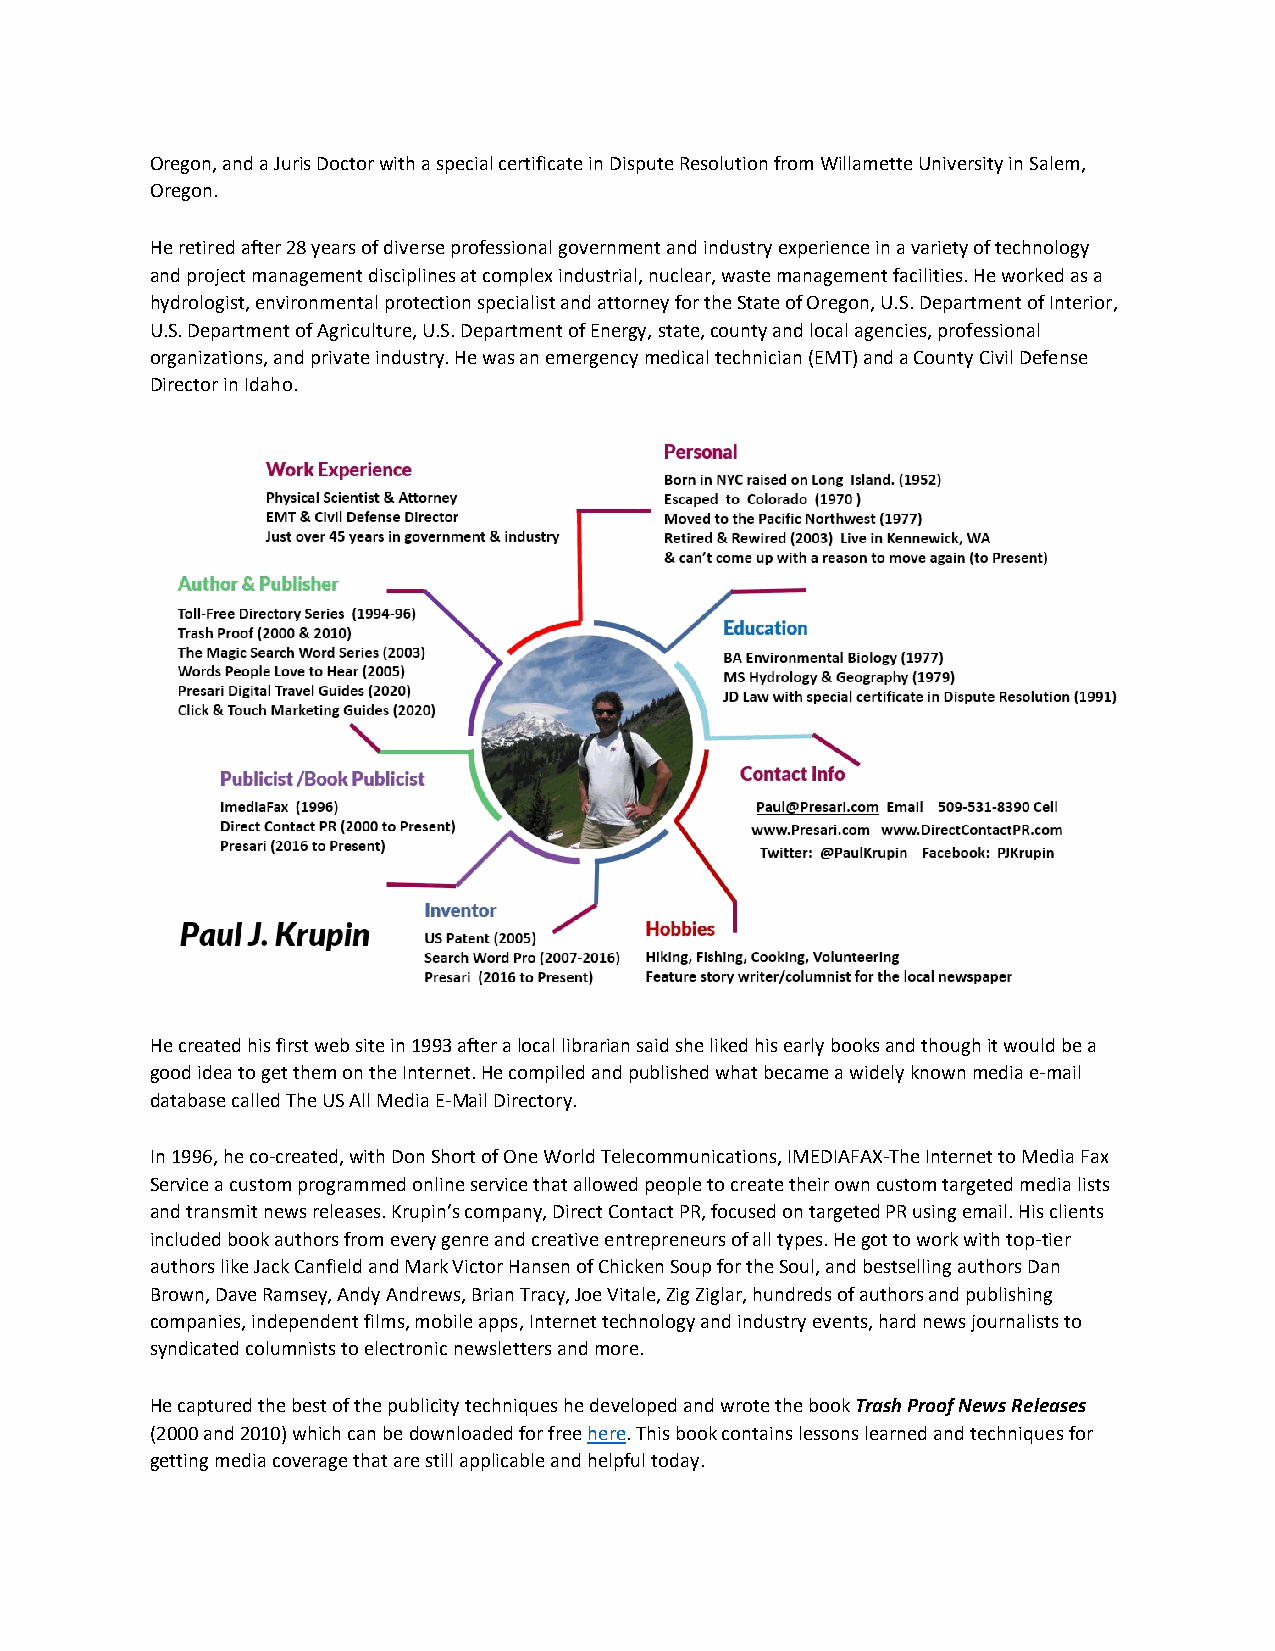
Oregon, and a Juris Doctor with a special certificate in Dispute Resolution from Willamette University in Salem,
 Oregon.
 He retired after 28 years of diverse professional government and industry experience in a variety of technology
 and project management disciplines at complex industrial, nuclear, waste management facilities. He worked as a
 hydrologist, environmental protection specialist and attorney for the State of Oregon, U.S. Department of Interior,
 U.S. Department of Agriculture, U.S. Department of Energy, state, county and local agencies, professional
 organizations, and private industry. He was an emergency medical technician (EMT) and a County Civil Defense
 Director in Idaho.
 He created his first web site in 1993 after a local librarian said she liked his early books and though it would be a
 good idea to get them on the Internet. He compiled and published what became a widely known media e-mail
 database called The US All Media E-Mail Directory.
 In 1996, he co-created, with Don Short of One World Telecommunications, IMEDIAFAX-The Internet to Media Fax
 Service a custom programmed online service that allowed people to create their own custom targeted media lists
 and transmit news releases. Krupin’s company, Direct Contact PR, focused on targeted PR using email. His clients
 included book authors from every genre and creative entrepreneurs of all types. He got to work with top-tier
 authors like Jack Canfield and Mark Victor Hansen of Chicken Soup for the Soul, and bestselling authors Dan
 Brown, Dave Ramsey, Andy Andrews, Brian Tracy, Joe Vitale, Zig Ziglar, hundreds of authors and publishing
 companies, independent films, mobile apps, Internet technology and industry events, hard news journalists to
 syndicated columnists to electronic newsletters and more.
 He captured the best of the publicity techniques he developed and wrote the book Trash Proof News Releases
 (2000 and 2010) which can be downloaded for free here. This book contains lessons learned and techniques for
 getting media coverage that are still applicable and helpful today.